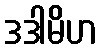
ဒဒါမိဟ